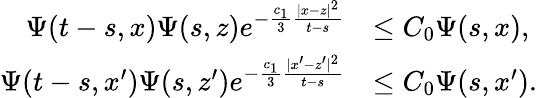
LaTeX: \begin{array}{rl}{\Psi(t-s,x)\Psi(s,z)e^{-\frac{c_{1}}{3}\frac{|x-z|^{2}}{t-s}}}&{\le C_{0}\Psi(s,x),}\\ {\Psi(t-s,x^{\prime})\Psi(s,z^{\prime})e^{-\frac{c_{1}}{3}\frac{|x^{\prime}-z^{\prime}|^{2}}{t-s}}}&{\le C_{0}\Psi(s,x^{\prime}).}\end{array}